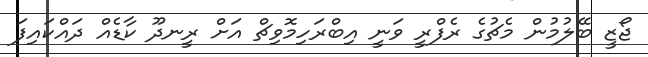
ޖޯޒީ ބޭލުމުން މެޗުގެ ރެފްރީ ވަނީ އިބްރަހިމޮވިޗް އަށް ރީނދޫ ކާޑެއް ދައްކައިފަ